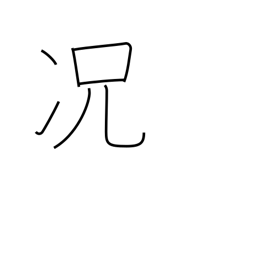
Meaning: still less